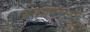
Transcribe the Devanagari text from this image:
अनुभवातूनच